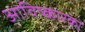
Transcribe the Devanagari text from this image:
आविष्कारको